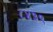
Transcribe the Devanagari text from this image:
८४३९